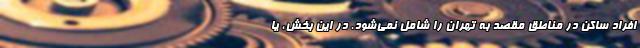
افراد ساکن در مناطق مقصد به تهران را شامل نمی‌شود. در این بخش، یا